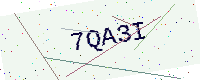
Text: 7QA3I